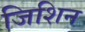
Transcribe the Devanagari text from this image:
जिशिन